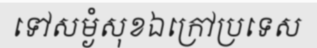
ទៅសម្ងំសុខឯក្រៅប្រទេស